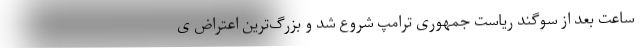
ساعت بعد از سوگند ریاست جمهوری ترامپ شروع شد و بزرگ‌ترین اعتراض ی